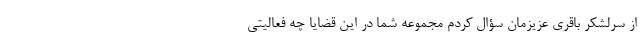
از سرلشکر باقری عزیزمان سؤال کردم مجموعه شما در این قضایا چه فعالیتی